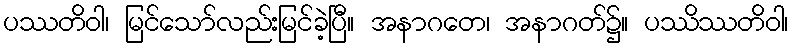
ပဿတိဝါ၊ မြင်သော်လည်းမြင်ခဲ့ပြီ။ အနာဂတေ၊ အနာဂတ်၌။ ပဿိဿတိဝါ၊